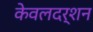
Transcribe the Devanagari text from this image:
केवलदर्शन